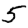
Digit: 5